Insane asylums in Bengal annual reports 1876-1887 - 1876-1887
Year: 1876
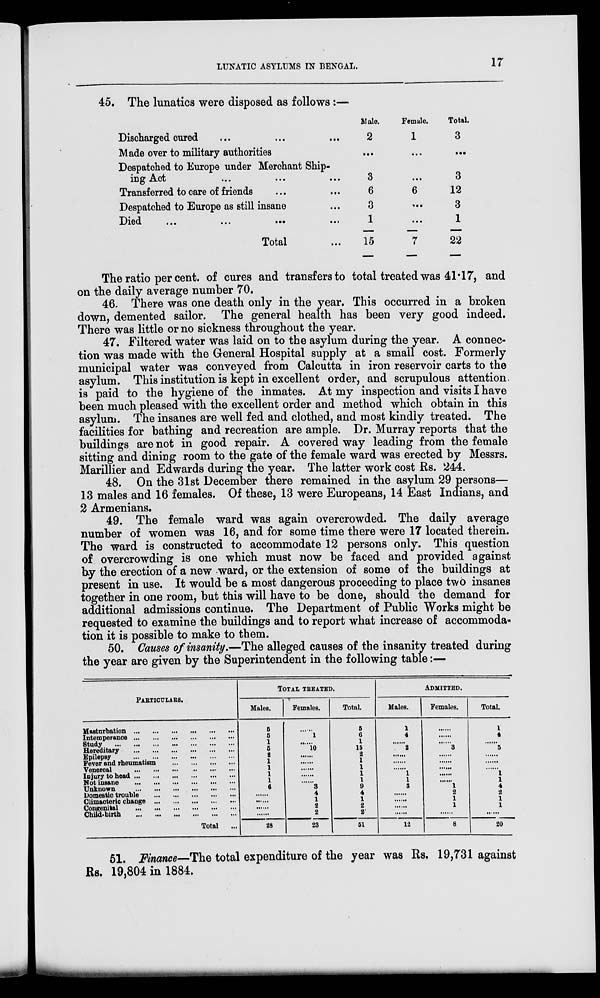
LUNATIC ASYLUMS IN BENGAL.
17
45. The lunatics were disposed as follows :—
Discharged cured ... ... ...
Made over to military authorities
Despatched to Europe under Merchant Ship-
ing Act ... ... ...
Transferred to care of friends ... ...
Despatched to Europe as still insane ...
Died
...
...
...
...
Total ...
Male.
2
...
3
6
3
1
15
Female.
1
...
...
6
...
...
7
Total.
3
...
3
12
3
1
22
The ratio per cent. of cures and transfers to total treated was 41.17, and
on the daily average number 70.
46. There was one death only in the year. This occurred in a broken
down, demented sailor. The general health has been very good indeed.
There was little or no sickness throughout the year.
47. Filtered water was laid on to the asylum during the year. A connec-
tion was made with the General Hospital supply at a small cost. Formerly
municipal water was conveyed from Calcutta in iron reservoir carts to the
asylum. This institution is kept in excellent order, and scrupulous attention
is paid to the hygiene of the inmates. At my inspection and visits I have
been much pleased with the excellent order and method which obtain in this
asylum. The insanes are well fed and clothed, and most kindly treated. The
facilities for bathing and recreation are ample. Dr. Murray reports that the
buildings are not in good repair. A covered way leading from the female
sitting and dining room to the gate of the female ward was erected by Messrs.
Marillier and Edwards during the year. The latter work cost Rs. 244.
48. On the 31st December there remained in the asylum 29 persons—
13 males and 16 females. Of these, 13 were Europeans, 14 East Indians, and
2 Armenians.
49. The female ward was again overcrowded. The daily average
number of women was 16, and for some time there were 17 located therein.
The ward is constructed to accommodate 12 persons only. This question
of overcrowding is one which must now be faced and provided against
by the erection of a new ward, or the extension of some of the buildings at
present in use. It would be a most dangerous proceeding to place two insanes
together in one room, but this will have to be done, should the demand for
additional admissions continue. The Department of Public Works might be
requested to examine the buildings and to report what increase of accommoda-
tion it is possible to make to them.
50. Causes of insanity.—The alleged causes of the insanity treated during
the year are given by the Superintendent in the following table:—
PARTICULARS.
Masturbation
...
...
...
...
...
...
Intemperance
...
...
...
...
...
...
Study ... ... ... ... ... ... ... ...
Hereditary ... ... ... ... ... ... ...
Epilepsy ... ... ... ... ... ... ... ...
Fever and rheumatism
...
...
...
...
Venereal ... ... ... ... ... ... ... ...
Injury to head
...
...
...
...
...
...
Not insane ... ... ... ... ... ... ...
Unknown ... ... ... ... ... ... ...
Domestic trouble
...
...
...
...
...
Climacteric change ... ... ... ... ... ...
Congenital ... ... ... ... ... ... ...
Child-birth
...
...
...
...
...
...
Total
...
TOTAL TREATED.
Males.
5
5
1
5
2
1
1
1
1
6
......
......
......
......
28
Females.
......
1
......
10
......
......
......
......
......
3 4
1
2
2
23
Total.
5
6
1
15
2
1
1
1
1
9
4
1
2
2
51
ADMITTED.
Males.
1
4
......
2
......
......
......
1
1
3
......
......
......
......
12
Females.
......
......
......
3
......
......
......
......
......
1
2
1
1
......
8
Total.
1
4
......
5
......
......
......
1
1
4
2
1
1
......
20
51. Finance—The total expenditure of the year was Rs. 19,731 against
Rs. 19,804 in 1884.